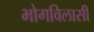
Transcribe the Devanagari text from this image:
भोगविलासी